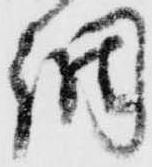
調